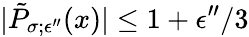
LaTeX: |\tilde{P}_{\sigma;\epsilon^{\prime\prime}}(x)|\le 1+\epsilon^{\prime\prime}/3